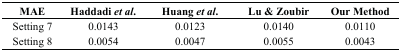
| MAE | Haddadi et al. | Huang et al. | Lu & Zoubir | Our Method |
 | --- | --- | --- | --- | --- |
 | Setting 7 | 0.0143 | 0.0123 | 0.0140 | 0.0110 |
 | Setting 8 | 0.0054 | 0.0047 | 0.0055 | 0.0043 |